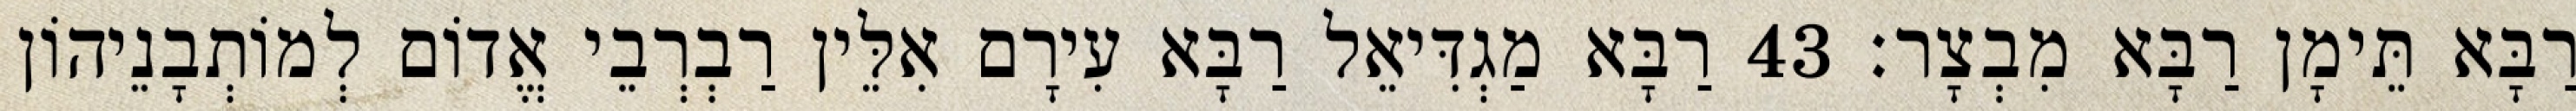
רַבָּא תֵּימָן רַבָּא מִבְצָר׃ 43 רַבָּא מַגְדִּיאֵל רַבָּא עִירָם אִלֵּין רַבְרְבֵי אֱדוֹם לְמוֹתְבָנֵיהוֹן